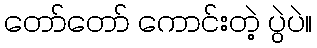
တော်တော် ကောင်းတဲ့ ပွဲပဲ။